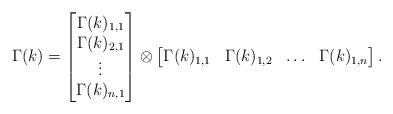
LaTeX: \begin{align*}\Gamma(k) =\begin{bmatrix}\Gamma(k)_{1,1} \\ \Gamma(k)_{2,1} \\ \vdots \\ \Gamma(k)_{n,1}\end{bmatrix} \otimes\begin{bmatrix}\Gamma(k)_{1,1} & \Gamma(k)_{1,2} & \ldots & \Gamma(k)_{1,n}\end{bmatrix}.\end{align*}